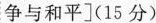
争与和平](15分)